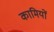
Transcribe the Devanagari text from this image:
कामियों